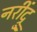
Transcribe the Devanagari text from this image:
नरींद्रु